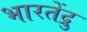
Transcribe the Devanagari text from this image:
भारतेंद्रु